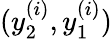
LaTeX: (y_{2}^{(i)},y_{1}^{(i)})